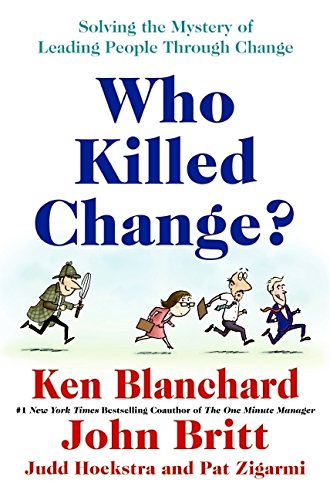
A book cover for Who Killed Change?: Solving the Mystery of Leading People Through Change; Ken Blanchard; Business & Money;